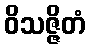
ဝိသဇ္ဇိတံ